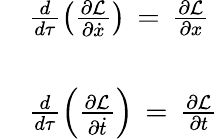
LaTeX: \begin{array}{rl}&{\frac{d}{d\tau}\left(\frac{\partial\mathcal{L}}{\partial\dot{x}}\right)\, =\, \frac{\partial\mathcal{L}}{\partial{x}}}\\ &{}\\ &{\frac{d}{d\tau}\left(\frac{\partial\mathcal{L}}{\partial\dot{t}}\right)\, =\, \frac{\partial\mathcal{L}}{\partial{t}}}\end{array}